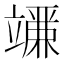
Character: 𬔨